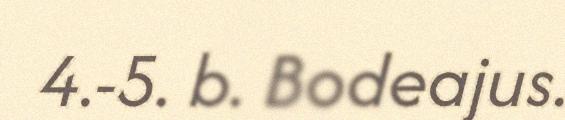
4.-5. b. Bodeajus.